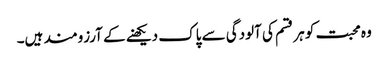
وہ محبت کو ہر قسم کی آلودگی سے پاک دیکھنے کے آرزومند ہیں۔